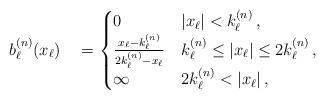
LaTeX: \begin{align*}b^{(n)}_\ell(x_\ell)\quad=\begin{cases}0 & |x_\ell|<k^{(n)}_\ell\,,\\\frac{x_\ell-k^{(n)}_\ell}{2k^{(n)}_\ell-x_\ell} & k^{(n)}_\ell\leq|x_\ell|\leq 2k^{(n)}_\ell\,,\\\infty & 2k^{(n)}_\ell<|x_\ell|\,,\end{cases}\end{align*}